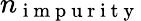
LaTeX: n_{\mathrm{~i~m~p~u~r~i~t~y~}}